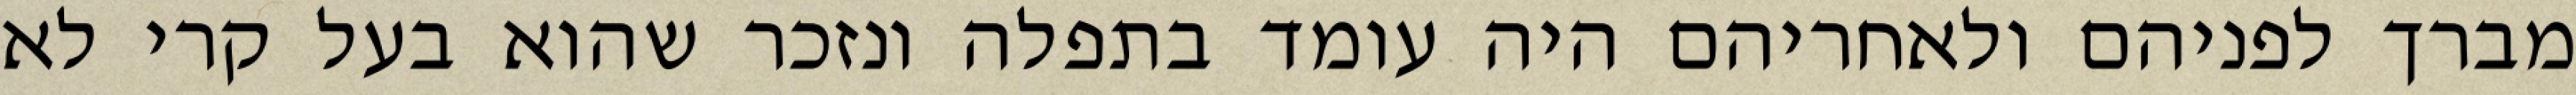
מברך לפניהם ולאחריהם היה עומד בתפלה ונזכר שהוא בעל קרי לא